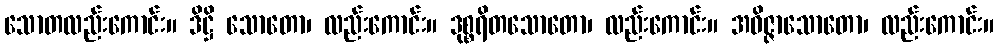
သောတလည်းကောင်း။ ဒိဋ္ဌိ သောတော၊ လည်းကောင်း။ ဒုစ္စရိတသောတော၊ လည်းကောင်း။ အဝိဇ္ဇာသောတော၊ လည်းကောင်း။